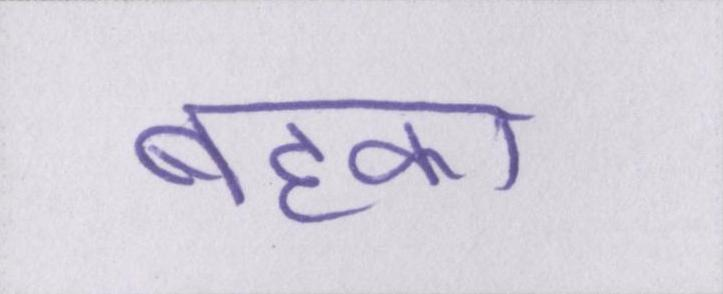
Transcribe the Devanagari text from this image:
बहका